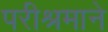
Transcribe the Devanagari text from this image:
परीश्रमाने